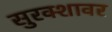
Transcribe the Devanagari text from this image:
सुरक्शावर